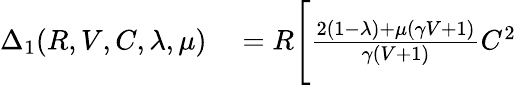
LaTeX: \begin{array}{rl}{\Delta_{1}(R,V,C,\lambda,\mu)}&{{}=R\Bigg[\frac{2(1-\lambda)+\mu(\gamma V+1)}{\gamma(V+1)}C^{2}}\end{array}